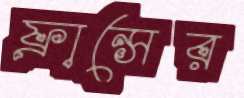
ফ্রান্সের